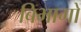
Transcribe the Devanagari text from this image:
बिभागों